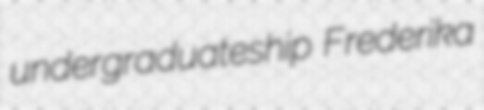
undergraduateship Frederika